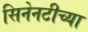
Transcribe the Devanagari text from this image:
सिनेनटीच्या